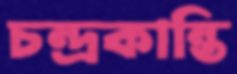
চন্দ্রকান্তি